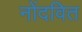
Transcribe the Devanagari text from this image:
नोंदवित